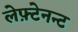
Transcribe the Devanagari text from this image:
लेफ़्टेनन्ट